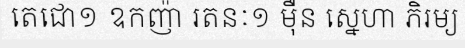
តេជោ១ ឧកញ៉ា រតនៈ១ ម៉ឺន ស្នេហា ភិរម្យ